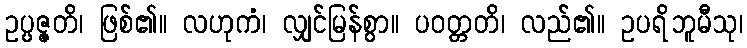
ဥပ္ပဇ္ဇတိ၊ ဖြစ်၏။ လဟုကံ၊ လျှင်မြန်စွာ။ ပဝတ္တတိ၊ လည်၏။ ဥပရိဘူမီသု၊